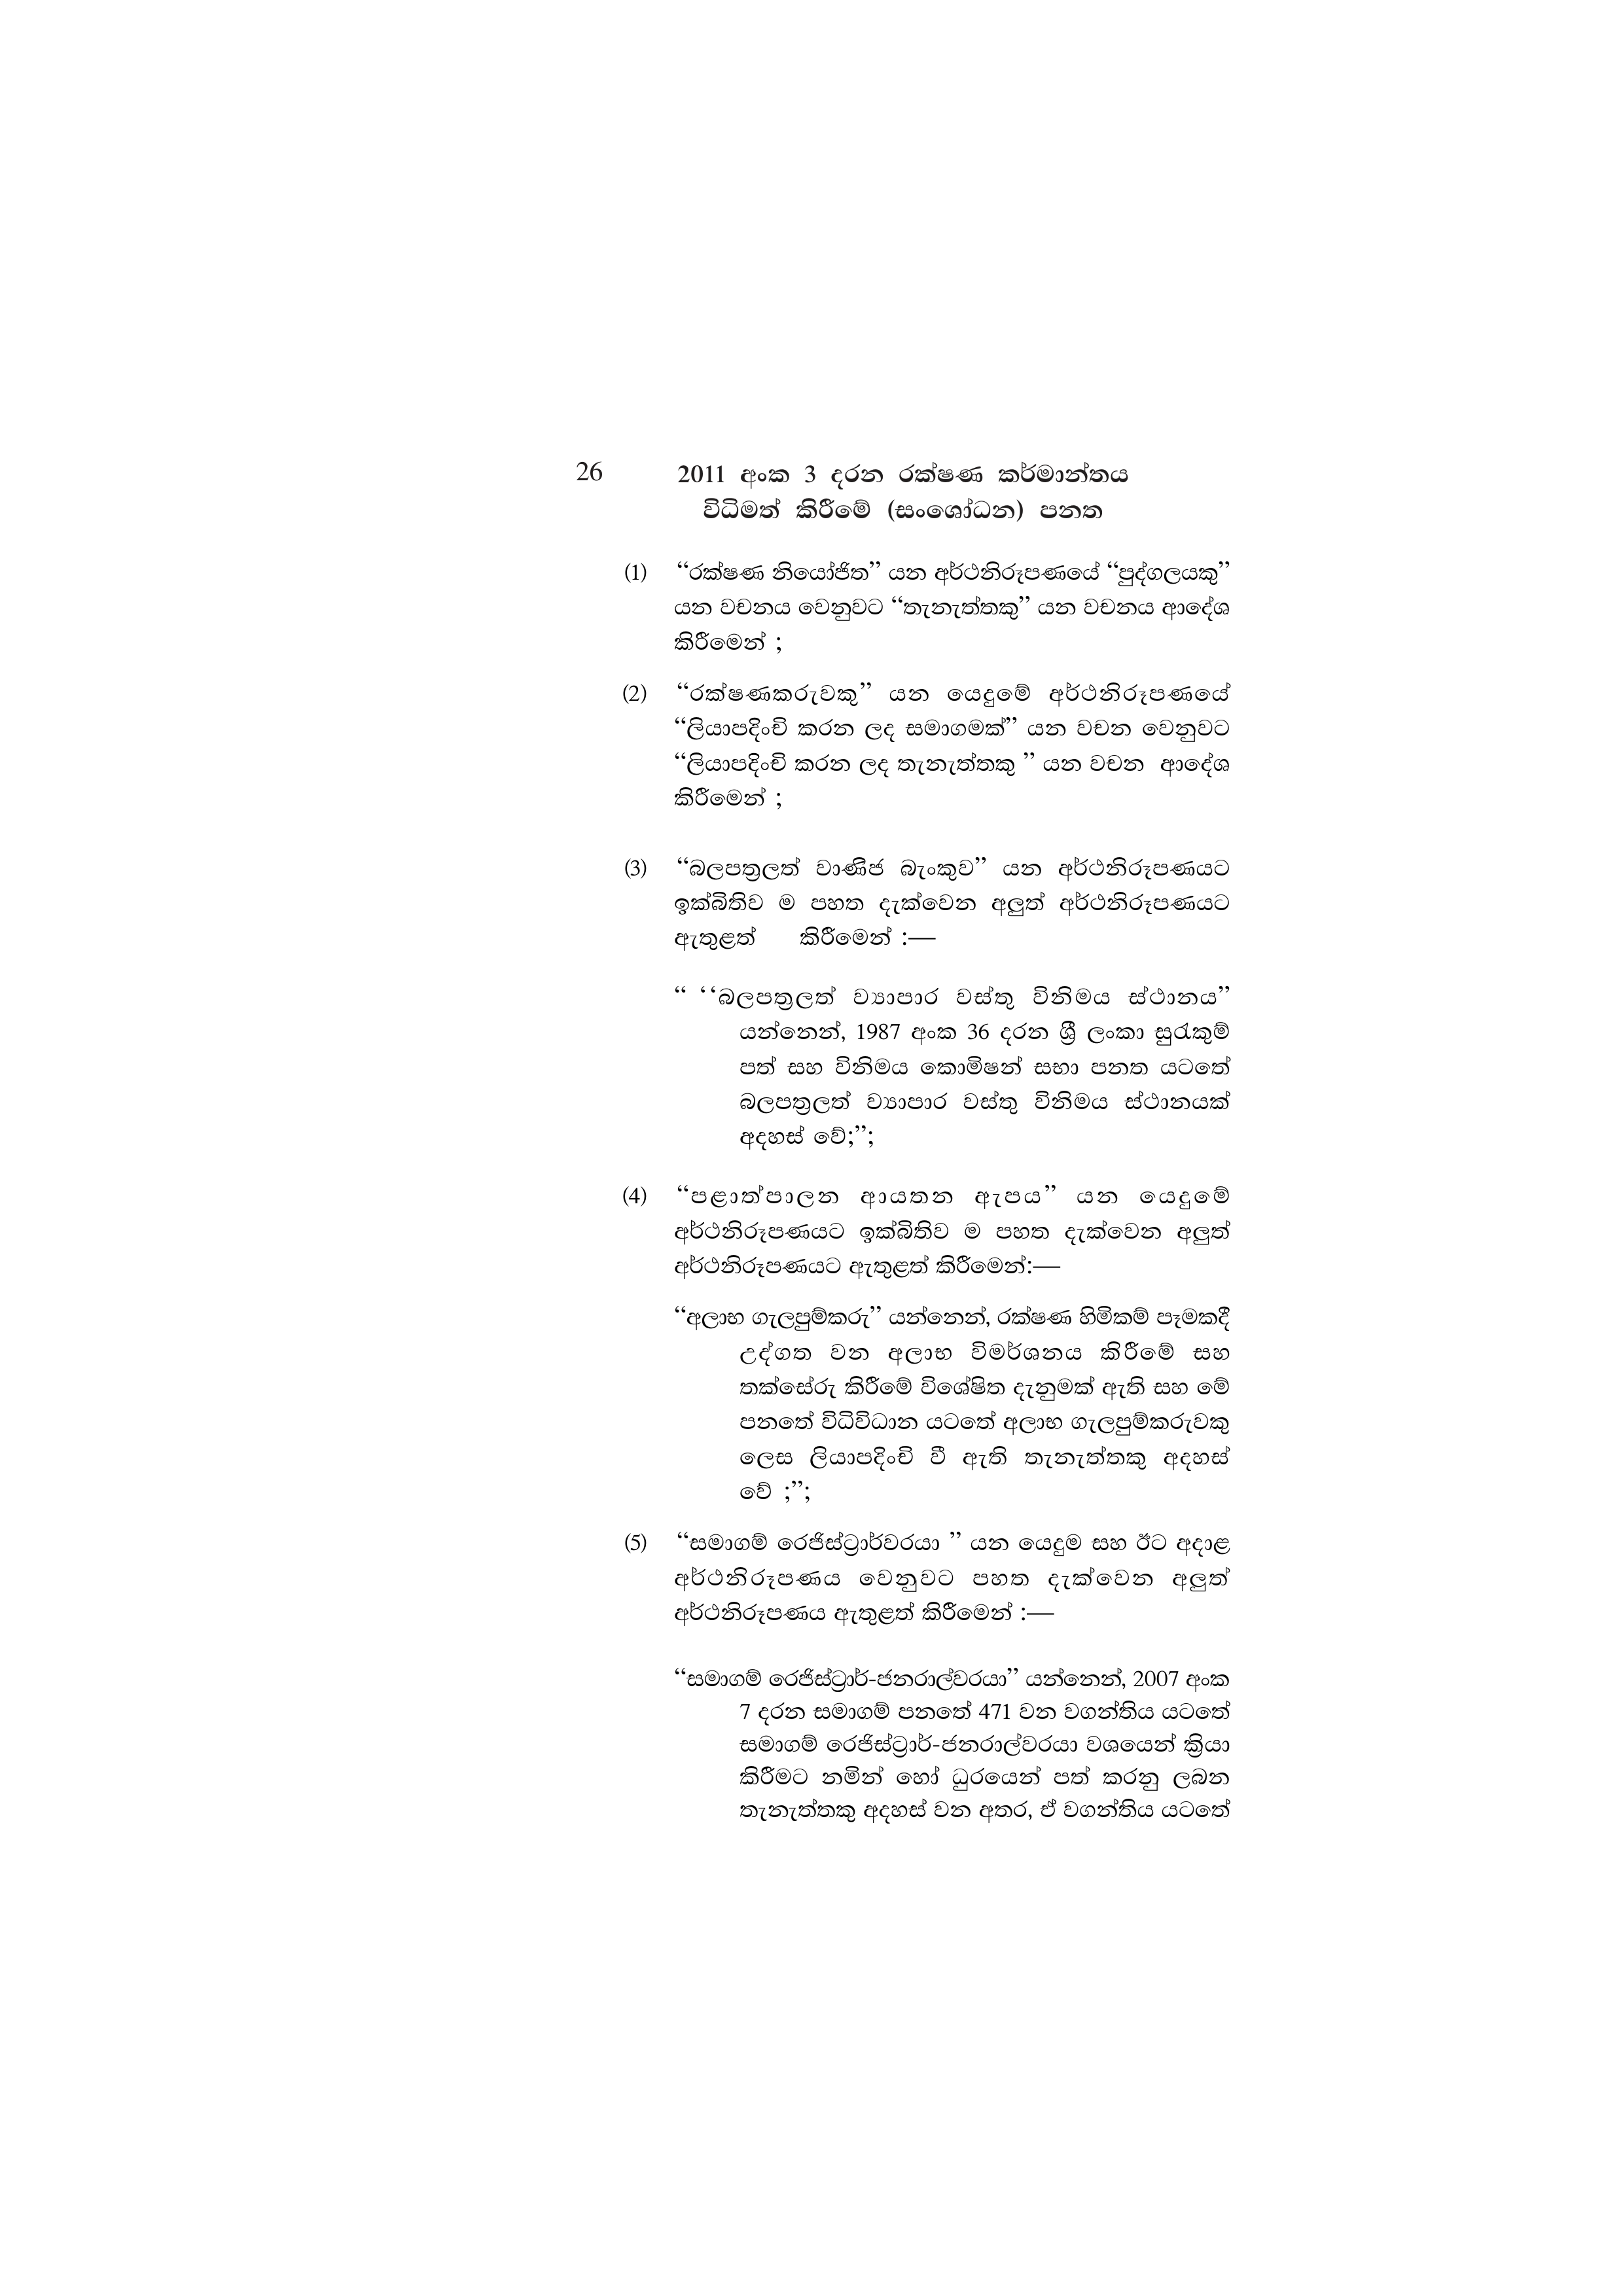
26  2011 අංක 3 දරන රක්ෂණ කර්මාන්තය
විධිමත් කිරීමේ (සංශෝධන) පනත

(1) “රක්ෂණ නියෝජිත’” යන අර්ථනිරූපණයේ “පුද්ගලයකු”
යන වචනය වෙනුවට “තැනැත්තකු” යන වචනය ආදේශ
කිරීමෙන් ;

(2) “රක්ෂණකරුවකු” යන යෙදුමේ අර්ථනිරූපණයේ
“ලියාපදිංචි කරන ලද සමාගමක්” යන වචන වෙනුවට
“ලියාපදිංචි කරන ලද තැනැත්තකු ” යන වචන ආදේශ
කිරීමෙන් ;

(3) “බලපත්‍රලත් වාණිජ බැංකුව” යන අර්ථනිරූපණයට
ඉක්බිතිව ම පහත දැක්වෙන අලුත් අර්ථනිරූපණයට
ඇතුළත් කිරීමෙන් :—

‘“බලපත්‍රලත් ව්‍යාපාර වස්තු විනිමය ස්ථානය”
යන්නෙන්, 1987 අංක 36 දරන ශ්‍රී ලංකා සුරැකුම්
පත් සහ විනිමය කොමිෂන් සභා පනත යටතේ
බලපත්‍රලත් ව්‍යාපාර වස්තු විනිමය ස්ථානයක්
අදහස් වේ;";

(4) “පළාත්පාලන _ ආයතන _ ඇපය” යන යෙදුමේ
අර්ථනිරූපණයට ඉක්බිතිව ම පහත දැක්වෙන අලුත්
අර්ථනිරූපණයට ඇතුළත් කිරීමෙන්:—

“අලාභ ගැලපුම්කරු” යන්නෙන්, රක්ෂණ හිමිකම් පෑමකදී
උද්ගත වන අලාභ විමර්ශනය කිරීමේ සහ
තක්සේරු කිරීමේ විශේෂිත දැනුමක් ඇති සහ මේ
පනතේ විධිවිධාන යටතේ අලාභ ගැලපුම්කරුවකු
ලෙස ලියාපදිංචි වී ඇති තැනැත්තකු අදහස්
වේ ;";

(5) “සමාගම් රෙජිස්ට්‍රාර්වරයා යන යෙදුම සහ ඊට අදාළ
අර්ථනිරූපණය වෙනුවට පහත දැක්වෙන අලුත්
අර්ථනිරූපණය ඇතුළත් කිරීමෙන් :—

“සමාගම් රෙජිස්ට්‍රාර්-ජනරාල්වරයා” යන්නෙන්, 2007 අංක
7 දරන සමාගම් පනතේ 471 වන වගන්තිය යටතේ
සමාගම් රෙජිස්ට්‍රාර්-ජනරාල්වරයා වශයෙන් ක්‍රියා
කිරීමට නමින් හෝ ධුරයෙන් පත් කරනු ලබන
තැනැත්තකු අදහස් වන අතර, ඒ වගන්තිය යටතේ